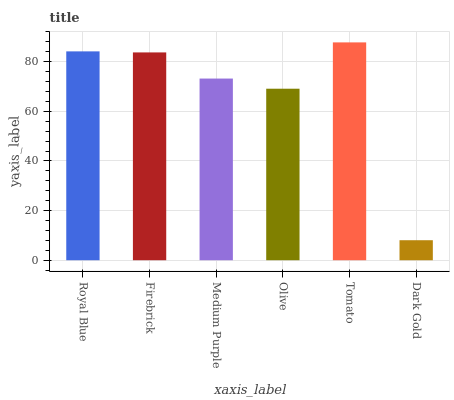
| xaxis_label | bars |
 | --- | --- |
 | Royal Blue | 84.2 |
 | Firebrick | 83.8 |
 | Medium Purple | 73.2 |
 | Olive | 69.1 |
 | Tomato | 87.8 |
 | Dark Gold | 8.07 |